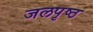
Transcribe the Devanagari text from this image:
जलपृष्ठ